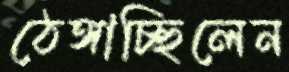
ঠেঙ্গাচ্ছিলেন